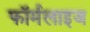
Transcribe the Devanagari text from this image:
फॉर्मलाइज